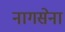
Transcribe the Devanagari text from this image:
नागसेना